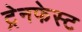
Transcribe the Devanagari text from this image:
ट्रेनफेस्ट